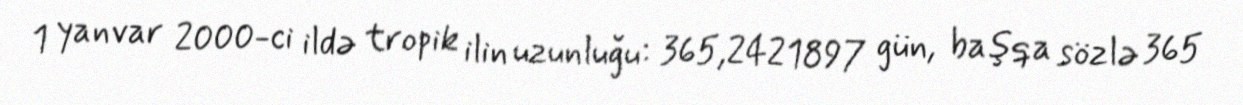
1 yanvar 2000-ci ildə tropik ilin uzunluğu: 365,2421897 gün, başqa sözlə 365